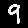
Digit: 9